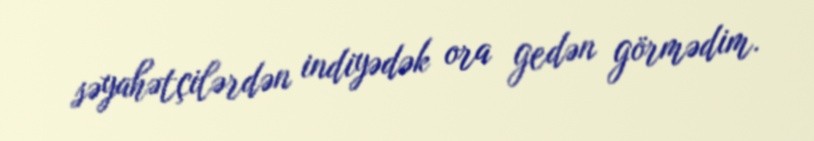
səyahətçilərdən indiyədək ora gedən görmədim.